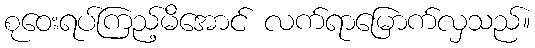
စုဝေးရပ်ကြည့်မိအောင် လက်ရာမြောက်လှသည်။